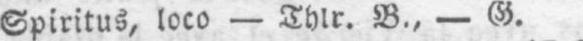
Spiritus, loco - Thlr. B., - G.